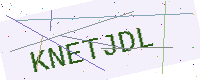
Text: KNETJDL